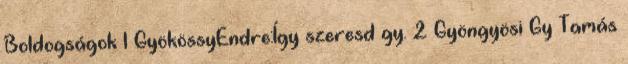
Boldogságok 1 GyökössyEndre:Így szeresd gy. 2 Gyöngyösi Gy Tamás